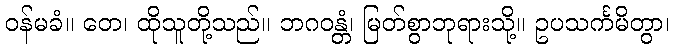
ဝန်မခံ။ တေ၊ ထိုသူတို့သည်။ ဘဂဝန္တံ၊ မြတ်စွာဘုရားသို့။ ဥပသင်္ကမိတွာ၊